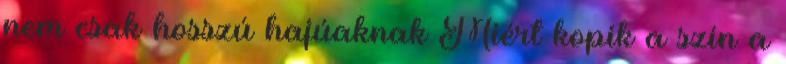
nem csak hosszú hajúaknak Miért kopik a szín a